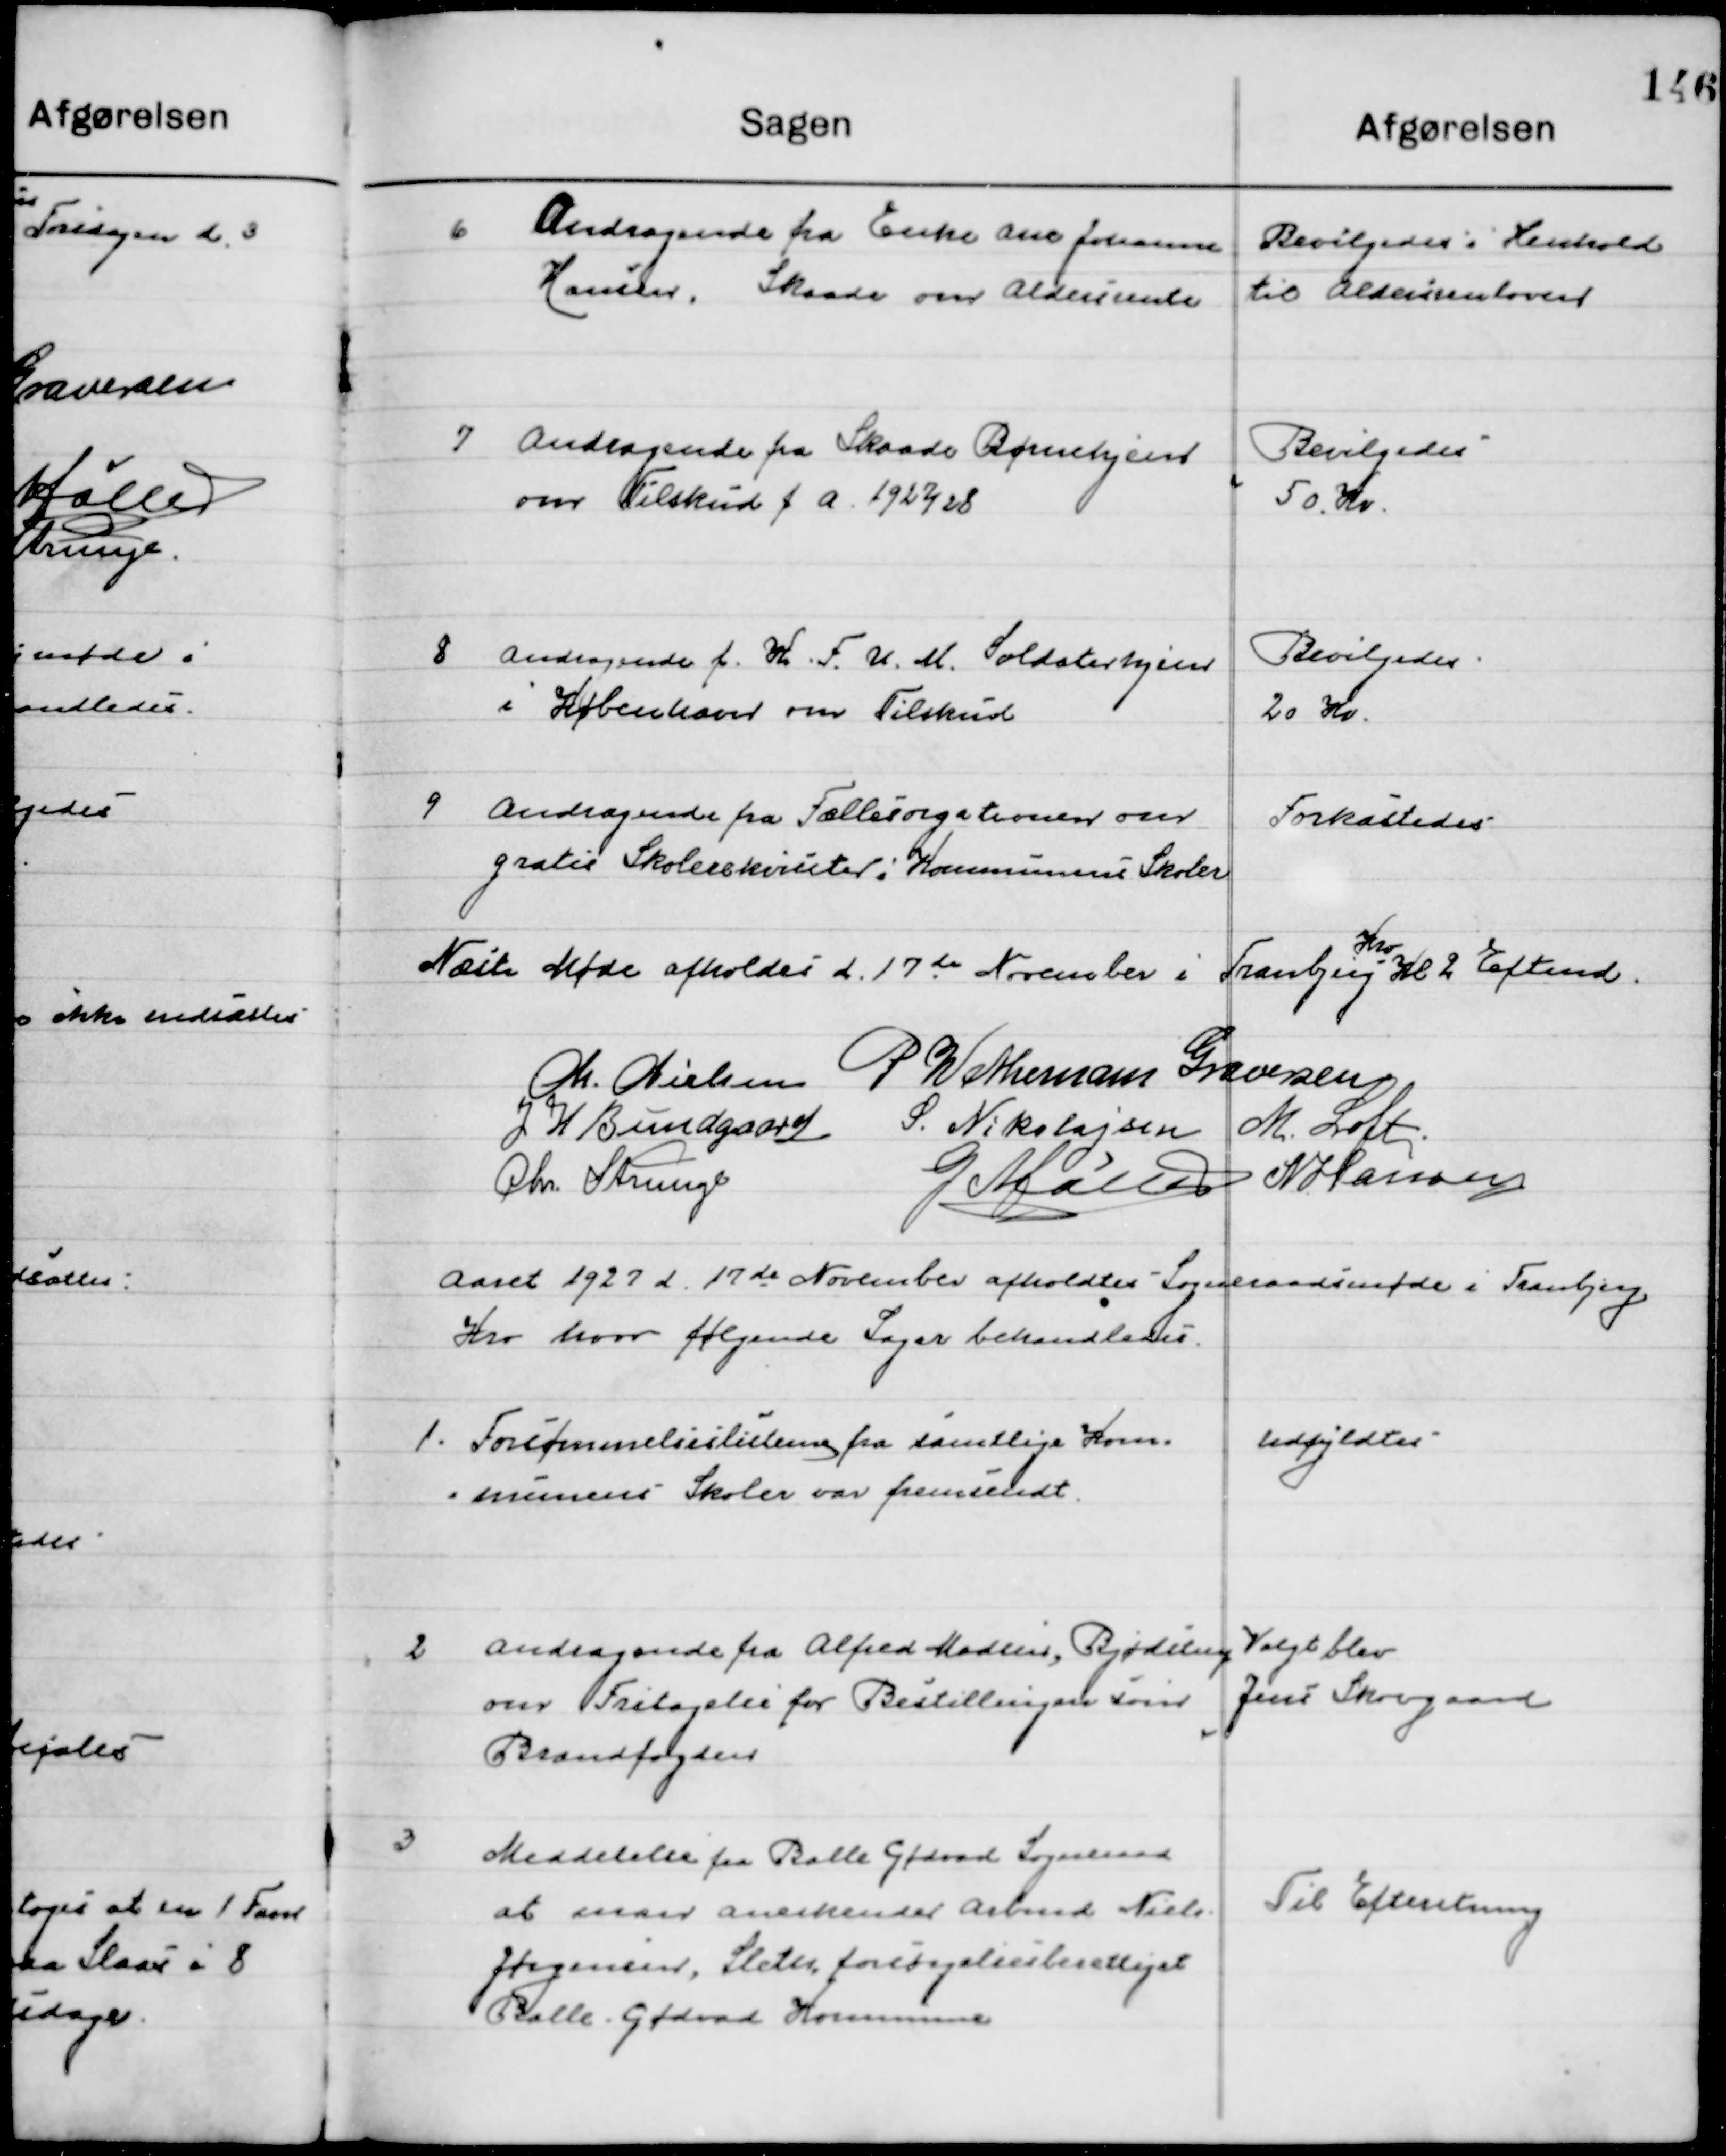
Transskription:
6

Andragende fra Enke Ane Johanne
Hansen, Skaade om Aldersrente

Bevilgedes i henholdt 
til Aldersrenteloven

7

Andragende fra Skaade Børnehjem
om Tilskud f. a. 1927/28.

Bevilgedes
50 Kr.

8

Andragende fra K.F.U.M. Soldaterhjem
I København om Tilskud.

Bevilgedes
20 Kr.

9

Andragende fra Fælles orgationer over 
Gratis Skolerekvisitter i Kommunens Skoler.

Forkastedes

Næste Møde afholdes d. 17 November i Tranbjerg 
Kro
Kl. 2 Eftemd.

M. Nielsen
P. Wethemann Graversen
J. H. Bundgaard
S. Nikolajsen
M. Loft
Chr. Strunge
G. Møller
N. Hansen

Aaret 1927 d. 17de November afholdtes Sogneraadsmøde i Tranbjerg 
Kro hvor følgende Sager behandledes

1

Forsømmelseslisten fra samtlige Kom-
muners Skoler var fremsendt

Udfyldtes

2

Andragende fra Alfred Madsen, Bjødstrup
om Fritagelse for Bestillingen som 
Brandfogeds

Valgt blev 
Jens Skovgaard

3

Meddelelse fra Balle Gødvad Sogneraad
at man anerkender Arbmd. Niels
Jørgensen, Sleter, forsørgelsesberettiget
Balle Gødvad Kommune

Til Efterretning